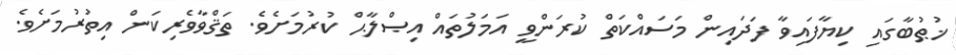
ޚުޠުބާގައި ކިޔާފައިވާ ފަދައިން މަސައްކަތް ކުރަންވީ އަމަލުތައް އިޞްލާޙް ކުރުމަށެވެ. ތަޤްވާވެރިކަން އިތުރުމަށެވެ.